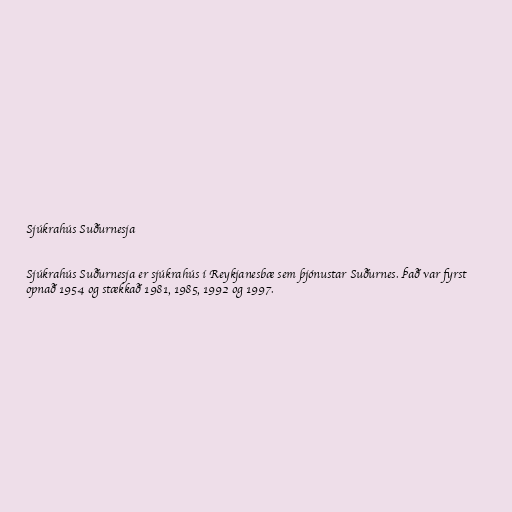
Sjúkrahús Suðurnesja

Sjúkrahús Suðurnesja er sjúkrahús í Reykjanesbæ sem þjónustar Suðurnes. Það var fyrst
opnað 1954 og stækkað 1981, 1985, 1992 og 1997.